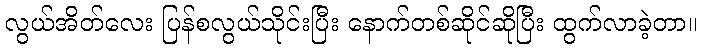
လွယ်အိတ်လေး ပြန်စလွယ်သိုင်းပြီး နောက်တစ်ဆိုင်ဆိုပြီး ထွက်လာခဲ့တာ။